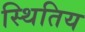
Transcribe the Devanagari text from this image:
स्थितिय